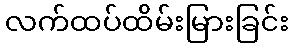
လက်ထပ်ထိမ်းမြားခြင်း